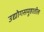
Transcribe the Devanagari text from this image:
उद्योगसमूहातील